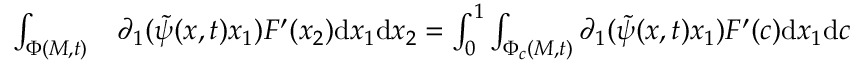
\begin{array} { r l } { \int _ { \Phi ( M , t ) } } & { { } \partial _ { 1 } ( \tilde { \psi } ( x , t ) x _ { 1 } ) F ^ { \prime } ( x _ { 2 } ) \mathrm { d } x _ { 1 } \mathrm { d } x _ { 2 } = \int _ { 0 } ^ { 1 } \int _ { \Phi _ { c } ( M , t ) } \partial _ { 1 } ( \tilde { \psi } ( x , t ) x _ { 1 } ) F ^ { \prime } ( c ) \mathrm { d } x _ { 1 } \mathrm { d } c } \end{array}